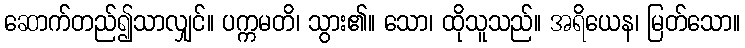
ဆောက်တည်၍သာလျှင်။ ပက္ကမတိ၊ သွား၏။ သော၊ ထိုသူသည်။ အရိယေန၊ မြတ်သော။